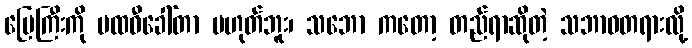
မြေကြီးကို ပထဝီခေါ်တာ မဟုတ်ဘူး၊ သဘော ကတော့ တည်ရာဆိုတဲ့ သဘာဝတရားလို့